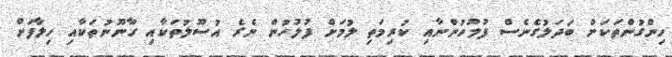
ހިންގުންތަކަށް ބަދަލުގެނެސް ފުލުހުންނާއި ކުރިމަތި ލުމަށް ފުލުހުން ނެރެ އުސޫލުތަކާއި ގާނޫނުތަކާއި ހިލާފަށް